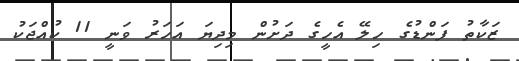
ޒަކާތު ފަންޑުގެ ހިލޭ އެހީގެ ދަށުން މިދިޔަ އަަހަރު ވަނީ 11 ކުއްޖަކު